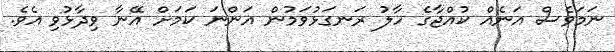
ނަމަވެސް އަނެއް ކުއްޖާގެ ހާލު ރަނގަޅުވަމުން އަންނަ ކަމަށް އޭނާ ވިދާޅުވި އެވެ.